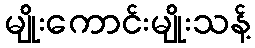
မျိုးကောင်းမျိုးသန့်